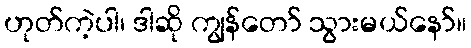
ဟုတ်ကဲ့ပါ၊ ဒါဆို ကျွန်တော် သွားမယ်နော်။